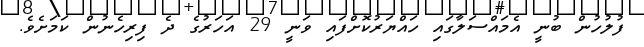
ފުލުހުން ބުނީ އެމައްސަލާގައި ހައްޔަރުކޮށްފައި ވަނީ 29 އަހަރުގެ ދެ ފިރިހެނުން ކަމަށެވެ.